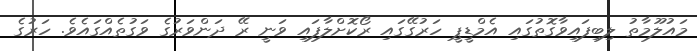
މައުލޫމާތު ލިބިފައިވާގޮތުގައި އެމްޑީޕީ ހަރުގޭގައި ރޯކޮށްލާފައި ވަނީ ރޭ ދަންވަރުގެ ވަގުތެއްގައެވެ. ހަރުގެ